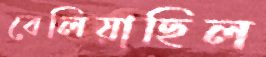
বেলিয়াছিল